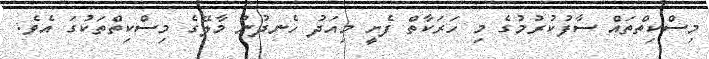
މިސްކިތްތައް ސާފުކުރުމުގެ މި ހަރަކާތް ފެށީ މިއަދު ހެނދުނު މާލޭގެ މިސްކިތްތަކުގަ އެވެ.